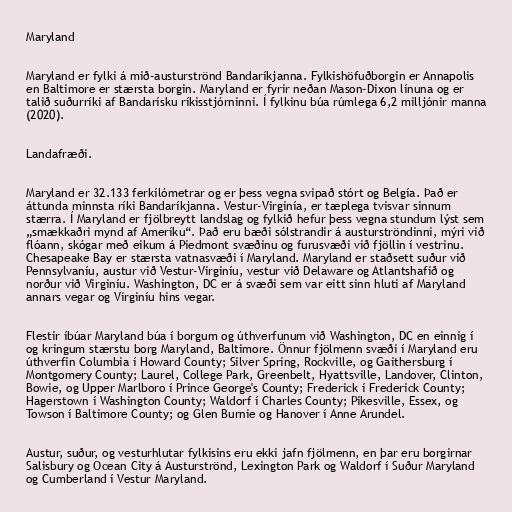
Maryland

Maryland er fylki á mið-austurströnd Bandaríkjanna. Fylkishöfuðborgin er Annapolis
en Baltimore er stærsta borgin. Maryland er fyrir neðan Mason-Dixon línuna og er
talið suðurríki af Bandarísku ríkisstjórninni. Í fylkinu búa rúmlega 6,2 milljónir manna
(2020).

Landafræði.

Maryland er 32.133 ferkílómetrar og er þess vegna svipað stórt og Belgía. Það er
áttunda minnsta ríki Bandaríkjanna. Vestur-Virginía, er tæplega tvisvar sinnum
stærra. Í Maryland er fjölbreytt landslag og fylkið hefur þess vegna stundum lýst sem
„smækkaðri mynd af Ameríku“. Það eru bæði sólstrandir á austurströndinni, mýri við
flóann, skógar með eikum á Piedmont svæðinu og furusvæði við fjöllin í vestrinu.
Chesapeake Bay er stærsta vatnasvæði í Maryland. Maryland er staðsett suður við
Pennsylvaníu, austur við Vestur-Virginíu, vestur við Delaware og Atlantshafið og
norður við Virginíu. Washington, DC er á svæði sem var eitt sinn hluti af Maryland
annars vegar og Virginíu hins vegar.

Flestir íbúar Maryland búa í borgum og úthverfunum við Washington, DC en einnig í
og kringum stærstu borg Maryland, Baltimore. Önnur fjölmenn svæði í Maryland eru
úthverfin Columbia í Howard County; Silver Spring, Rockville, og Gaithersburg í
Montgomery County; Laurel, College Park, Greenbelt, Hyattsville, Landover, Clinton,
Bowie, og Upper Marlboro í Prince George's County; Frederick í Frederick County;
Hagerstown í Washington County; Waldorf í Charles County; Pikesville, Essex, og
Towson í Baltimore County; og Glen Burnie og Hanover í Anne Arundel.

Austur, suður, og vesturhlutar fylkisins eru ekki jafn fjölmenn, en þar eru borgirnar
Salisbury og Ocean City á Austurströnd, Lexington Park og Waldorf í Suður Maryland
og Cumberland í Vestur Maryland.